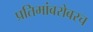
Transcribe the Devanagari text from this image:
प्रतिमांबरोबरच